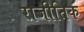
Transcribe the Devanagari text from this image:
राजीतिक